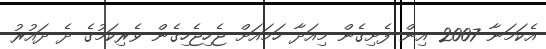
އެކަމަނާ 2007 އިން ފެށިގެން މިއަދާ ހަމައަށް ޖެހިޖެހިގެން ވެރިކަމުގެ ދެ ދައުރު